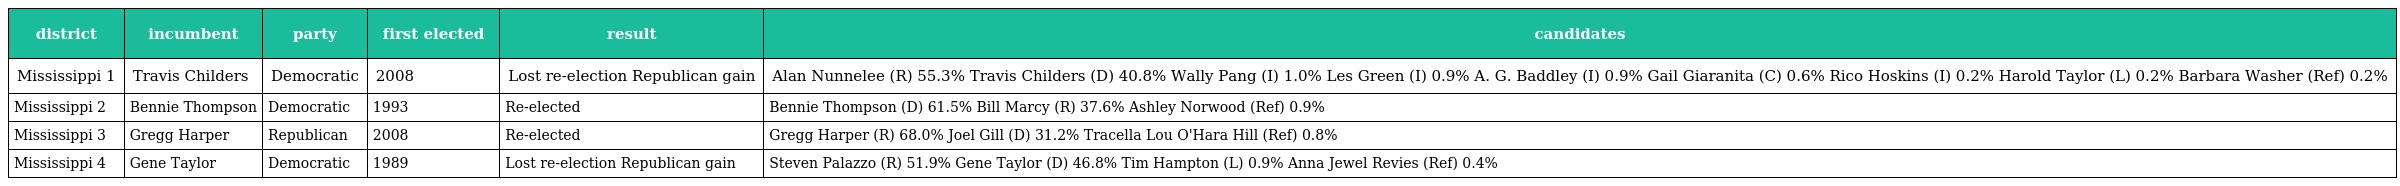
| district | incumbent | party | first elected | result | candidates |
 | --- | --- | --- | --- | --- | --- |
 | Mississippi 1 | Travis Childers | Democratic | 2008 | Lost re-election Republican gain | Alan Nunnelee (R) 55.3% Travis Childers (D) 40.8% Wally Pang (I) 1.0% Les Green (I) 0.9% A. G. Baddley (I) 0.9% Gail Giaranita (C) 0.6% Rico Hoskins (I) 0.2% Harold Taylor (L) 0.2% Barbara Washer (Ref) 0.2% |
 | Mississippi 2 | Bennie Thompson | Democratic | 1993 | Re-elected | Bennie Thompson (D) 61.5% Bill Marcy (R) 37.6% Ashley Norwood (Ref) 0.9% |
 | Mississippi 3 | Gregg Harper | Republican | 2008 | Re-elected | Gregg Harper (R) 68.0% Joel Gill (D) 31.2% Tracella Lou O'Hara Hill (Ref) 0.8% |
 | Mississippi 4 | Gene Taylor | Democratic | 1989 | Lost re-election Republican gain | Steven Palazzo (R) 51.9% Gene Taylor (D) 46.8% Tim Hampton (L) 0.9% Anna Jewel Revies (Ref) 0.4% |